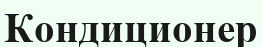
Кондиционер